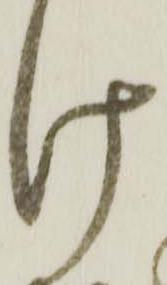
け